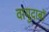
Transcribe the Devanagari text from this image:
वायुदाबों